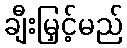
ချီးမြှင့်မည်